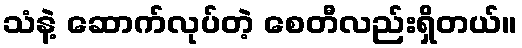
သံနဲ့ ဆောက်လုပ်တဲ့ စေတီလည်းရှိတယ်။